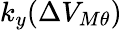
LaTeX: k_{y}(\Delta V_{M\theta})